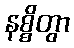
နစ္စိတွာ